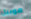
موبيل